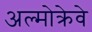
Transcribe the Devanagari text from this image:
अल्मोक्रेवे